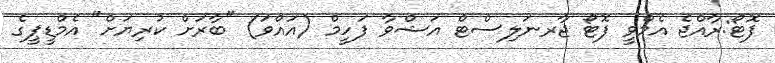
ފޮޓޯ:ރާއްޖެ އެމްވީ ފޮޓޯ ޖާރނަލިސްޓް އަޝްވާ ފަހީމް (އައްވަ) "ބާރަށް ކުރިޔަށް" އެމްޑީޕީގެ